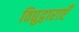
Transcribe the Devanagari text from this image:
विद्युद्वाराएँ